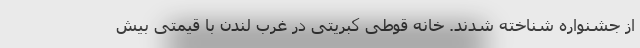
از جشنواره شناخته شدند. خانه قوطی کبریتی در غرب لندن با قیمتی بیش